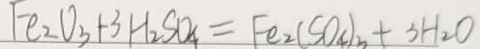
F e _ { 2 } O _ { 3 } + 3 H _ { 2 } S O _ { 4 } = F e _ { 2 } ( S O _ { 4 } ) _ { n } + 3 H _ { 2 } O